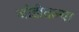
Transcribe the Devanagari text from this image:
जोडीतल्या